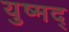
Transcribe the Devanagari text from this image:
युष्मद्